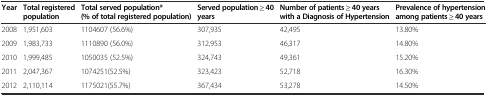
| Year | Total registered population | Total served population* (% of total registered population) | Served population ≥ 40 years | Number of patients ≥ 40 years with a Diagnosis of Hypertension | Prevalence of hypertension among patients ≥ 40 years |
 | --- | --- | --- | --- | --- | --- |
 | 2008 | 1,951,603 | 1104607 (56.6%) | 307,935 | 42,495 | 13.80% |
 | 2009 | 1,983,733 | 1110890 (56.0%) | 312,953 | 46,317 | 14.80% |
 | 2010 | 1,999,485 | 1050035 (52.5%) | 324,743 | 49,361 | 15.20% |
 | 2011 | 2,047,367 | 1074251(52.5%) | 323,423 | 52,718 | 16.30% |
 | 2012 | 2,110,114 | 1175021(55.7%) | 367,434 | 53,278 | 14.50% |